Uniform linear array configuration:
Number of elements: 8
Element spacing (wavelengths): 0.5
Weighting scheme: exponential
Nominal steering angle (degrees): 0
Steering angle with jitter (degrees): -0.655
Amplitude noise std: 0.05
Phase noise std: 0.05

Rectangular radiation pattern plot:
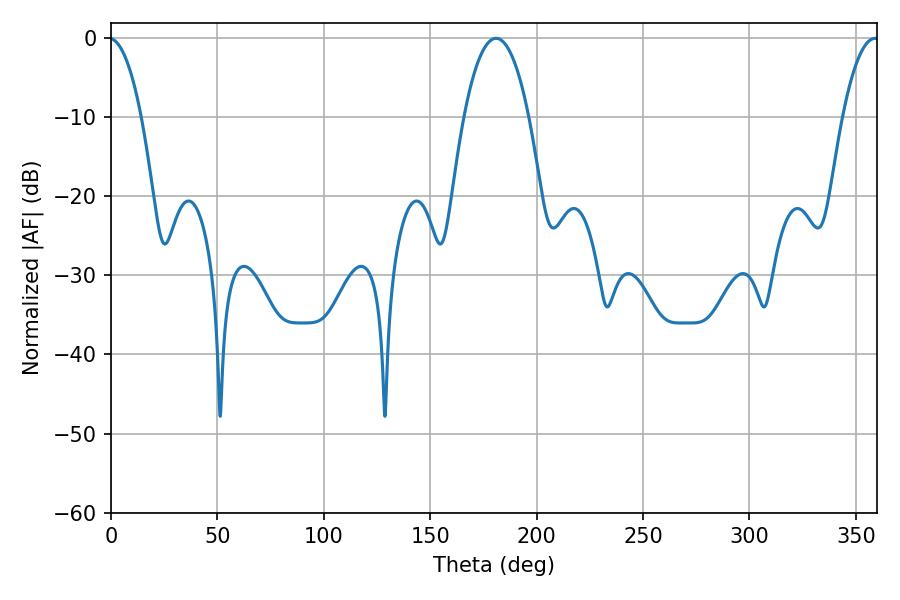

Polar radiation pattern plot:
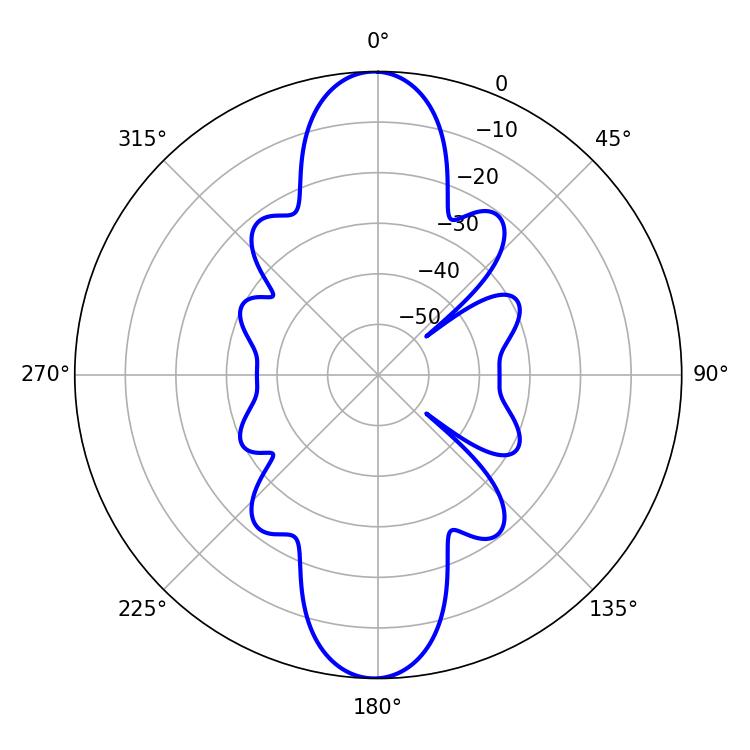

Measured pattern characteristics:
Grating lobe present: FALSE
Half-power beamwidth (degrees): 17.1
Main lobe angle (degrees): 180.9